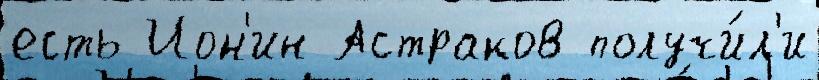
есть Ион'ин Астраков получи́л'и